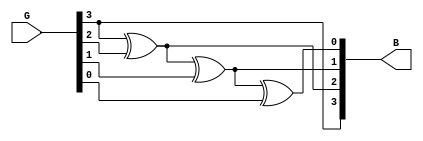
module gray_to_binary(G, B);

	input [3:0]G;
	output [3:0]B;

	assign B[3] = G[3];
	xor xor1(B[2], G[3], G[2]);
	xor xor2(B[1], B[2], G[1]);
	xor xor3(B[0], B[1], G[0]);

endmodule